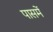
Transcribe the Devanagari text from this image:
पासमें